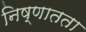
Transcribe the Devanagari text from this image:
निष्णातता